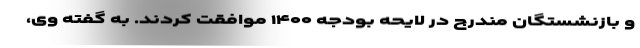
و بازنشستگان مندرج در لایحه بودجه ۱۴۰۰ موافقت کردند. به گفته وی،